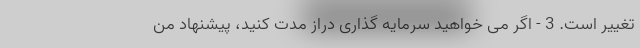
تغییر است. 3 - اگر می خواهید سرمایه گذاری دراز مدت کنید، پیشنهاد من